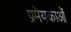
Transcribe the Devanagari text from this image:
प्रमेयकाओं